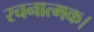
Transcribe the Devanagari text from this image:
रचनात्मक।